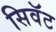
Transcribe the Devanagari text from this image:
सिवॅट